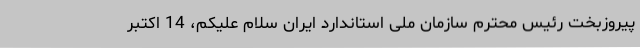
پیروزبخت رئیس محترم سازمان ملی استاندارد ایران سلام علیکم، 14 اکتبر